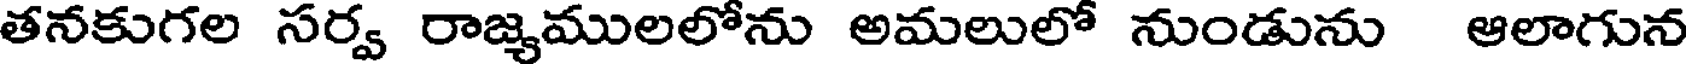
తనకుగల సర్వ రాజ్యములలోను అమలులో నుండును ఆలాగున